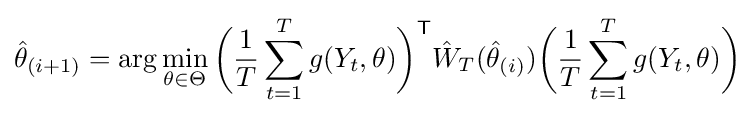
{\hat {\theta }}_{(i+1)}=\operatorname {arg} \min _{\theta \in \Theta }{\bigg (}{\frac {1}{T}}\sum _{t=1}^{T}g(Y_{t},\theta ){\bigg )}^{\mathsf {T}}{\hat {W}}_{T}({\hat {\theta }}_{(i)}){\bigg (}{\frac {1}{T}}\sum _{t=1}^{T}g(Y_{t},\theta ){\bigg )}